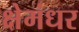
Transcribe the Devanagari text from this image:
क्षेमंधर